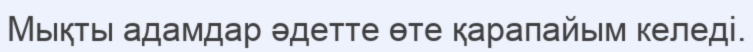
Мықты адамдар әдетте өте қарапайым келеді.